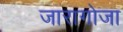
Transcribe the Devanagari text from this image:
जारागोजा